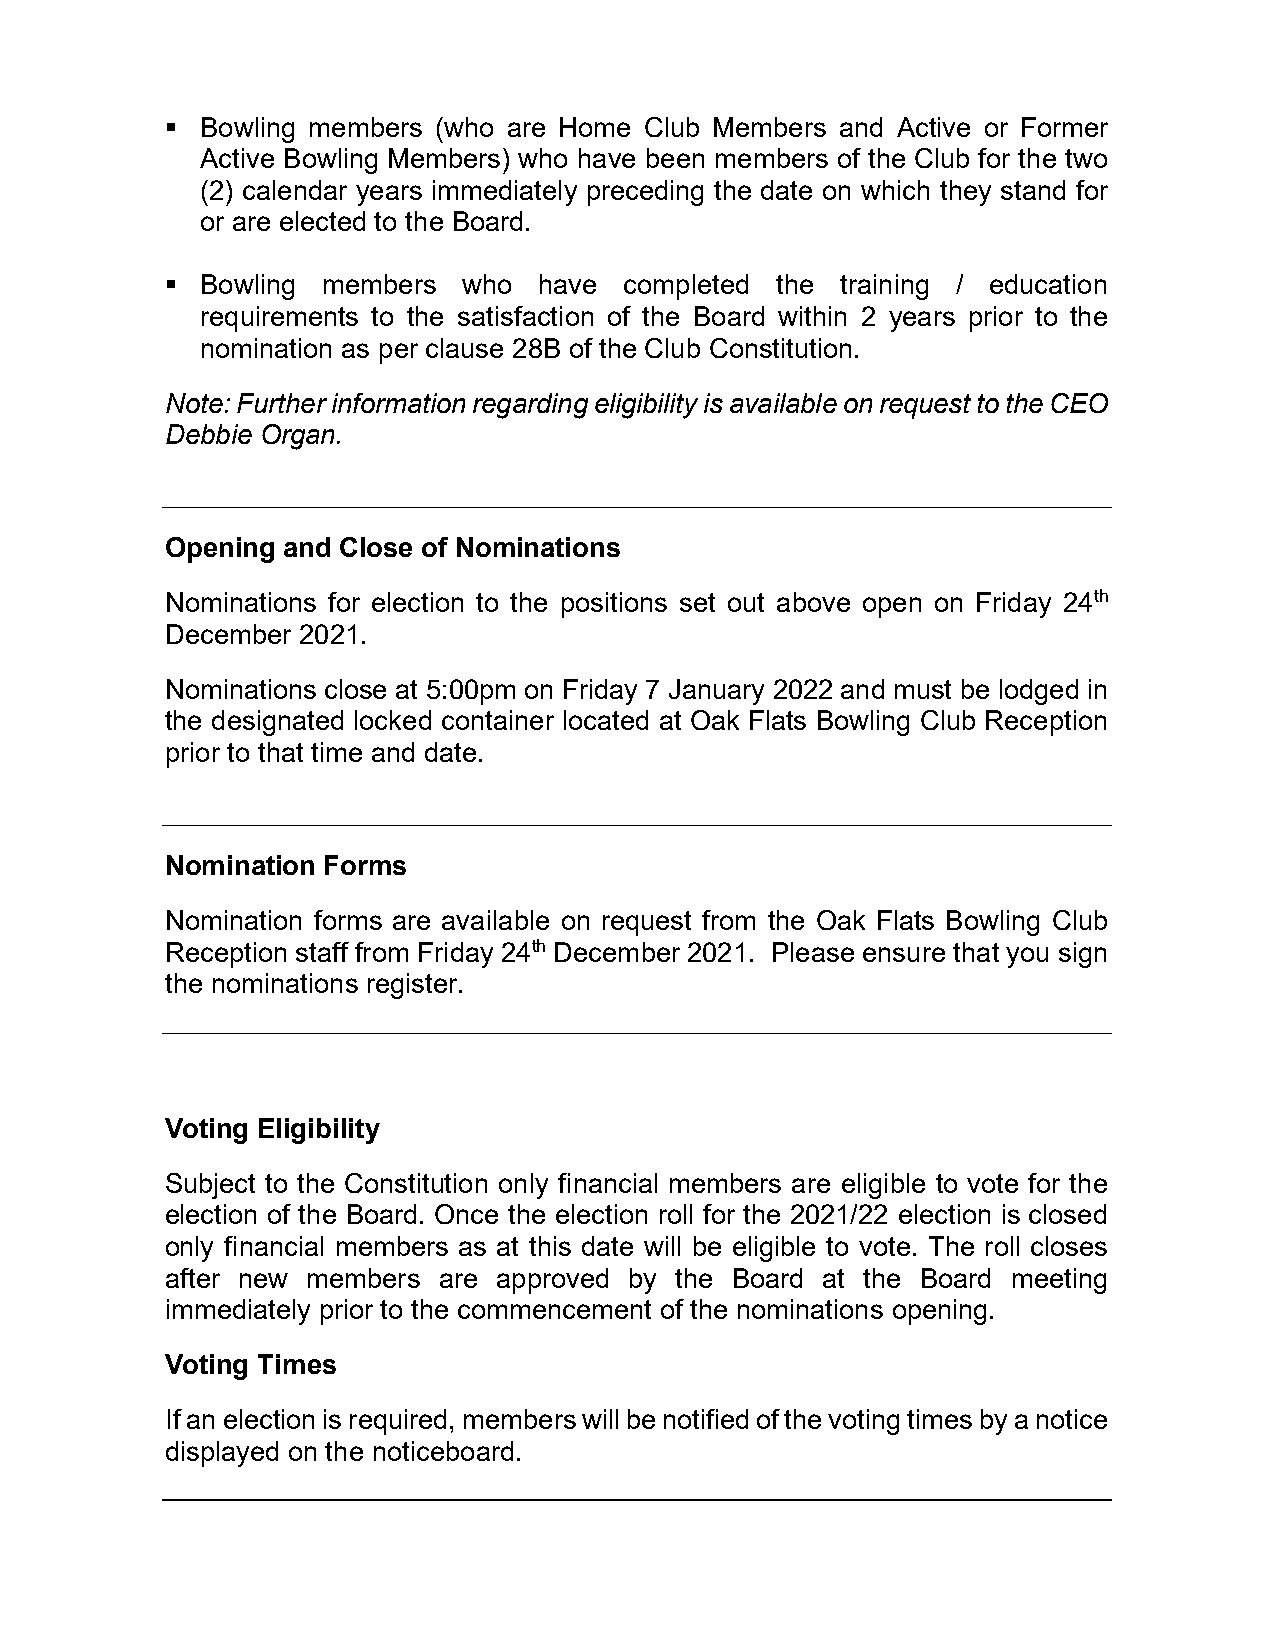
 Bowling members (who are Home Club Members and Active or Former
 Active Bowling Members) who have been members of the Club for the two
 (2) calendar years immediately preceding the date on which they stand for
 or are elected to the Board.
  Bowling members   who  have completed the  training / education
 requirements to the satisfaction of the Board within 2 years prior to the
 nomination as per clause 28B of the Club Constitution.
 Note: Further information regarding eligibility is available on request to the CEO
 Debbie Organ.
 Opening and Close of Nominations
 Nominations for election to the positions set out above open on Friday 24th
 December 2021.
 Nominations close at 5:00pm on Friday 7 January 2022 and must be lodged in
 the designated locked container located at Oak Flats Bowling Club Reception
 prior to that time and date.
 Nomination Forms
 Nomination forms are available on request from the Oak Flats Bowling Club
 Reception staff from Friday 24th December 2021. Please ensure that you sign
 the nominations register.
 Voting Eligibility
 Subject to the Constitution only financial members are eligible to vote for the
 election of the Board. Once the election roll for the 2021/22 election is closed
 only financial members as at this date will be eligible to vote. The roll closes
 after new members are approved by the Board at the Board meeting
 immediately prior to the commencement of the nominations opening.
 Voting Times
 If an election is required, members will be notified of the voting times by a notice
 displayed on the noticeboard.